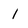
Character: 1